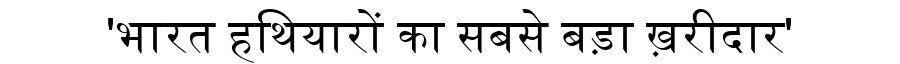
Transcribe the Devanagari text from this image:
'भारत हथियारों का सबसे बड़ा ख़रीदार'